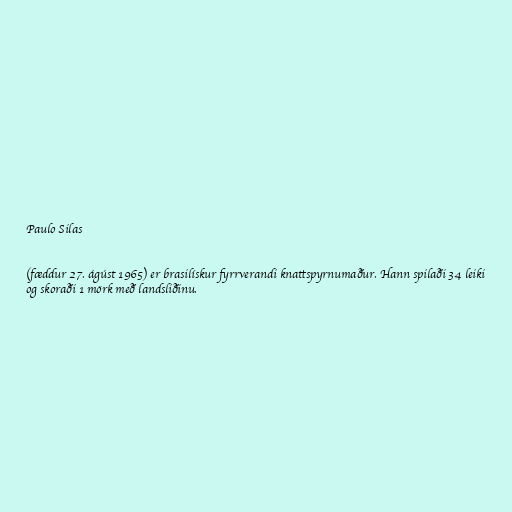
Paulo Silas

(fæddur 27. ágúst 1965) er brasilískur fyrrverandi knattspyrnumaður. Hann spilaði 34 leiki
og skoraði 1 mörk með landsliðinu.